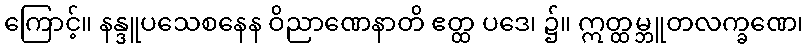
ကြောင့်။ နန္ဒူပသေစနေန ဝိညာဏေနာတိ ဧတ္ထ ပဒေ၊ ၌။ ဣတ္ထမ္ဘူတလက္ခဏေ၊